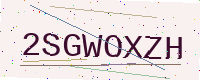
Text: 2SGWOXZH